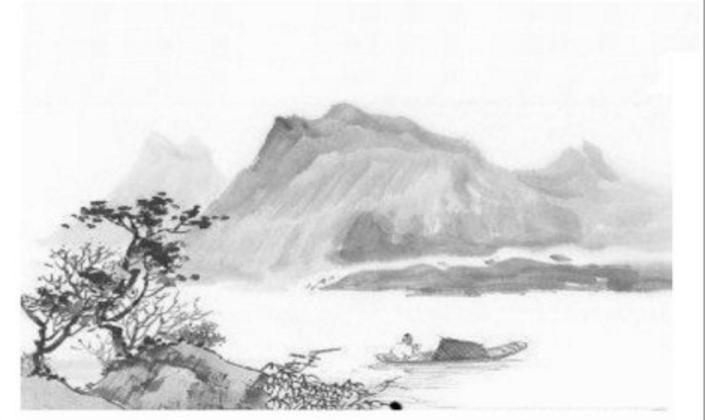
玉在山而草木润，渊生珠而崖不枯。